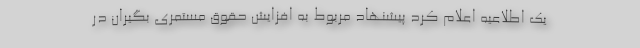
یک اطلاعیه اعلام کرد پیشنهاد مربوط به افزایش حقوق مستمری بگیران در